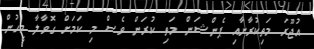
އުޖޫރަ މަތިކުރާށާއި ޕެންޝަން މަތި ކުރަން ވެސް މި ކަމަށް ގޮވާލާ މީހުންް